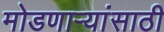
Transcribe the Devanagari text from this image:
मोडणाऱ्यांसाठी